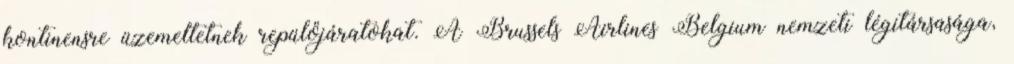
kontinensre üzemeltetnek repülőjáratokat. A Brussels Airlines Belgium nemzeti légitársasága,